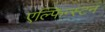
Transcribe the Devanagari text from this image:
एल्फिन्‍स्टन